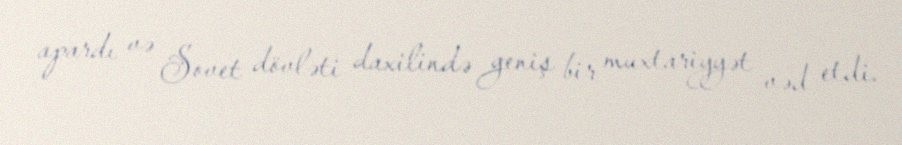
apardı və Sovet dövləti daxilində geniş bir muxtariyyət vəd etdi.